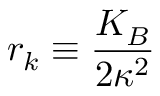
r _ { k } \equiv \frac { K _ { B } } { 2 \kappa ^ { 2 } }